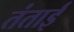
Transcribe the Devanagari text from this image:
तंताई